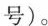
号)。